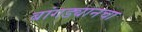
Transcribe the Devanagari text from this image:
बांगड्यानचा